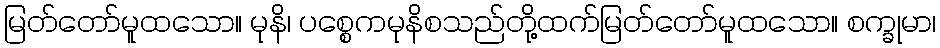
မြတ်တော်မူထသော။ မုနိ၊ ပစ္စေကမုနိစသည်တို့ထက်မြတ်တော်မူထသော။ စက္ခုမာ၊